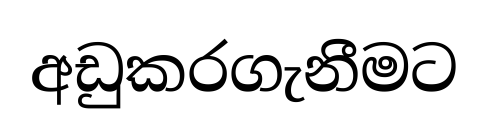
අඩුකරගැනීමට